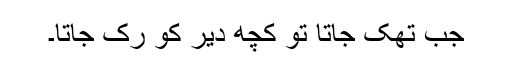
جب تھک جاتا تو کچھ دیر کو رک جاتا۔